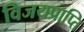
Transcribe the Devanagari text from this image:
विजयप्राप्ति